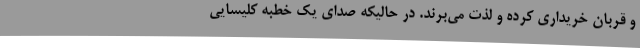
و قربان خریداری کرده و لذت می‌برند. در حالیکه صدای یک خطبه کلیسایی